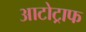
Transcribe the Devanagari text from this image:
आटोट्राफ